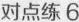
对点练6